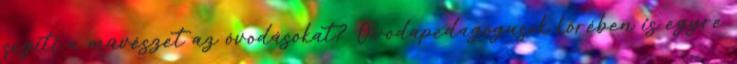
segíti a művészet az óvodásokat? Óvodapedagógusok körében is egyre